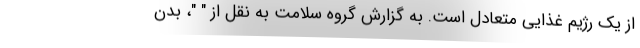
از یک رژیم غذایی متعادل است. به گزارش گروه سلامت به نقل از " "، بدن